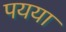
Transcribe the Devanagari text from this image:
पयया